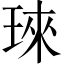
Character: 琜